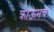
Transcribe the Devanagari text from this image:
क्राऊनचं